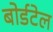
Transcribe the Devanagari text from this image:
बोर्डटेल